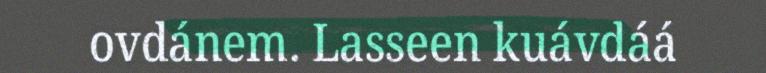
ovdánem. Lasseen kuávdáá